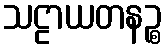
သဠာယတနဉ္စ